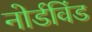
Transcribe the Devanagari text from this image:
नोर्डविंड